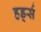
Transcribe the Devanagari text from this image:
हर्ड्स